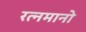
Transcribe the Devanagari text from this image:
रत्नमानो